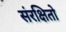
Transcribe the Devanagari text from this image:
संरक्षितो